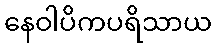
နေဝါပိကပရိသာယ